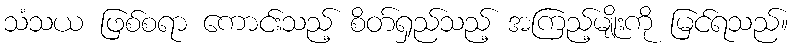
သံသယ ဖြစ်စရာ ကောင်းသည့် စိတ်ရှည်သည့် အကြည့်မျိုးကို မြင်ရသည်။